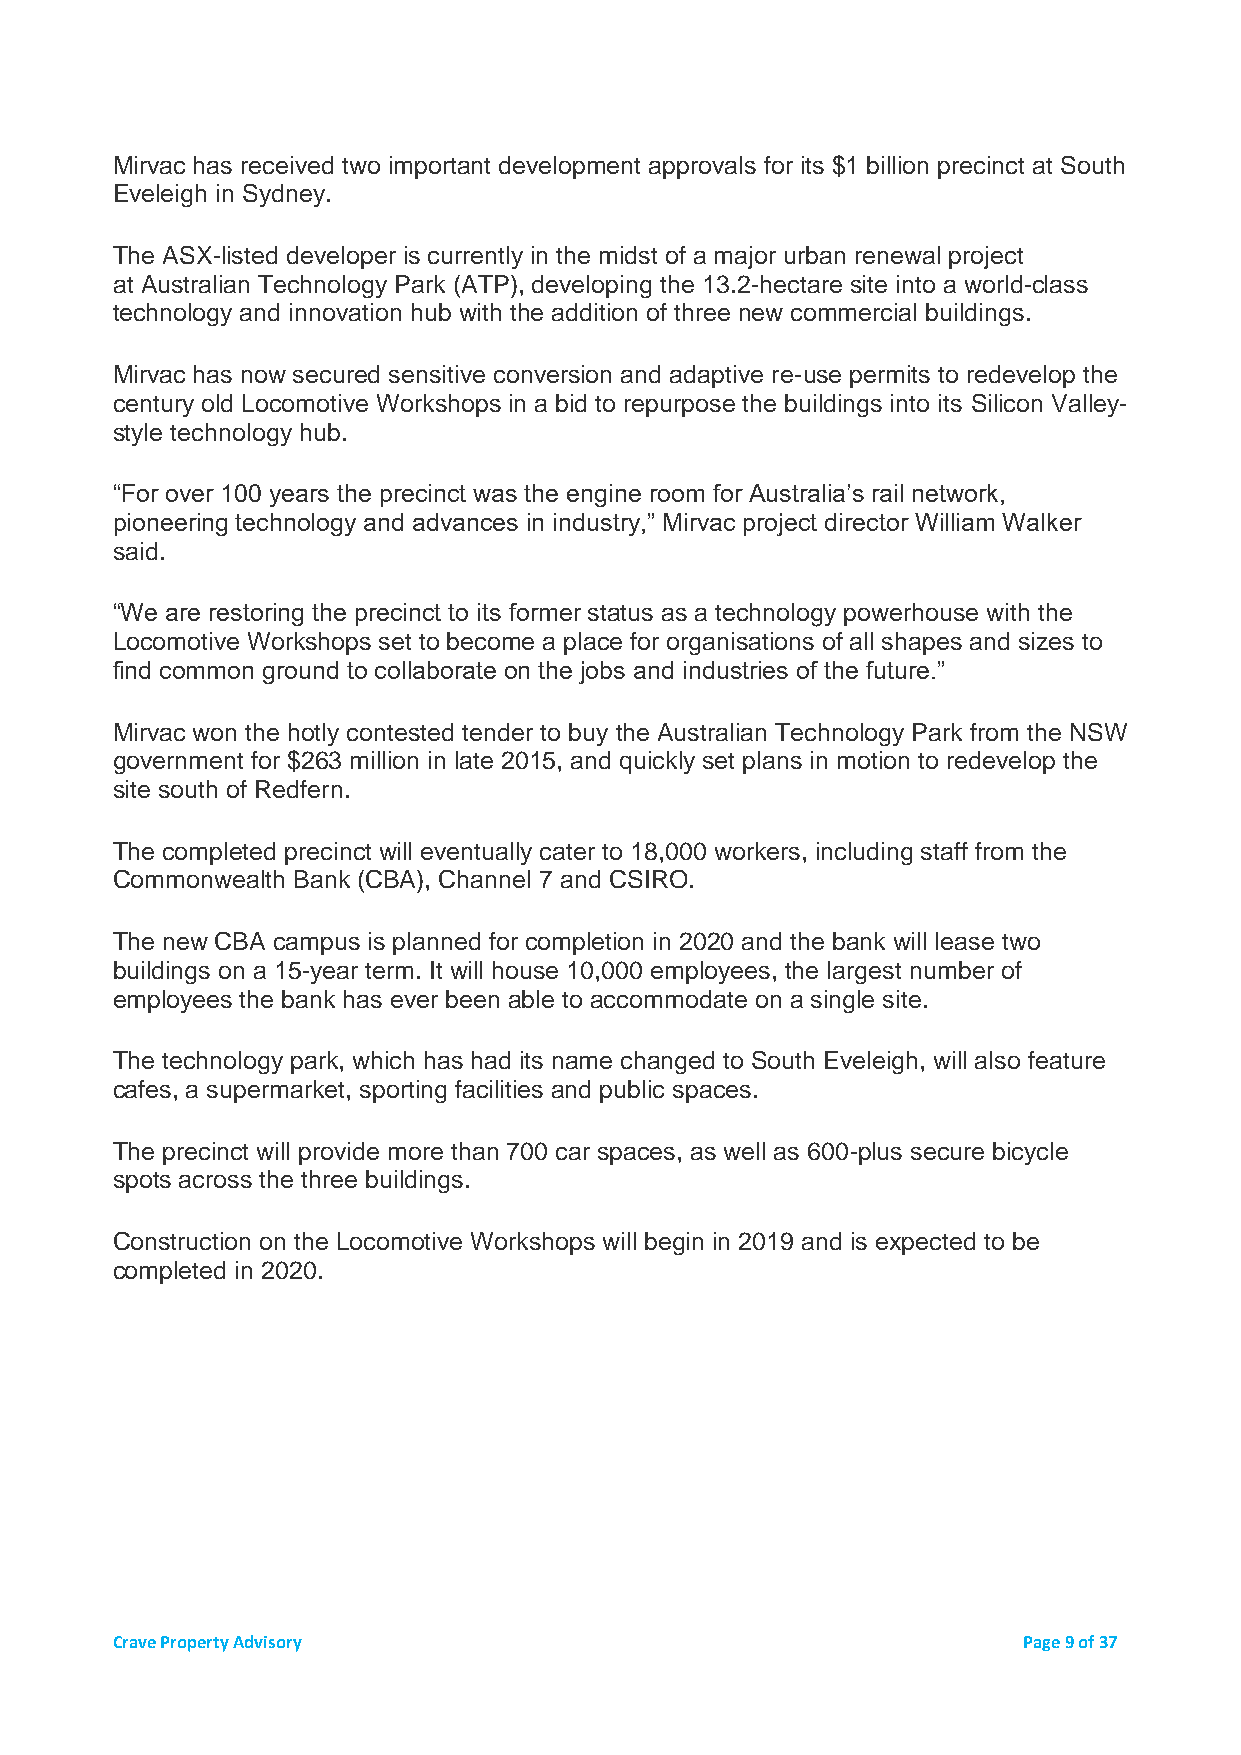
Mirvac has received two important development approvals for its $1 billion precinct at South
 Eveleigh in Sydney.
 The ASX-listed developer is currently in the midst of a major urban renewal project
 at Australian Technology Park (ATP), developing the 13.2-hectare site into a world-class
 technology and innovation hub with the addition of three new commercial buildings.
 Mirvac has now secured sensitive conversion and adaptive re-use permits to redevelop the
 century old Locomotive Workshops in a bid to repurpose the buildings into its Silicon Valley-
 style technology hub.
 “For over 100 years the precinct was the engine room for Australia’s rail network,
 pioneering technology and advances in industry,” Mirvac project director William Walker
 said.
 “We are restoring the precinct to its former status as a technology powerhouse with the
 Locomotive Workshops set to become a place for organisations of all shapes and sizes to
 find common ground to collaborate on the jobs and industries of the future.”
 Mirvac won the hotly contested tender to buy the Australian Technology Park from the NSW
 government for $263 million in late 2015, and quickly set plans in motion to redevelop the
 site south of Redfern.
 The completed precinct will eventually cater to 18,000 workers, including staff from the
 Commonwealth Bank (CBA), Channel 7 and CSIRO.
 The new CBA campus is planned for completion in 2020 and the bank will lease two
 buildings on a 15-year term. It will house 10,000 employees, the largest number of
 employees the bank has ever been able to accommodate on a single site.
 The technology park, which has had its name changed to South Eveleigh, will also feature
 cafes, a supermarket, sporting facilities and public spaces.
 The precinct will provide more than 700 car spaces, as well as 600-plus secure bicycle
 spots across the three buildings.
 Construction on the Locomotive Workshops will begin in 2019 and is expected to be
 completed in 2020.
 Crave Property Advisory                                      Page 9 of 37